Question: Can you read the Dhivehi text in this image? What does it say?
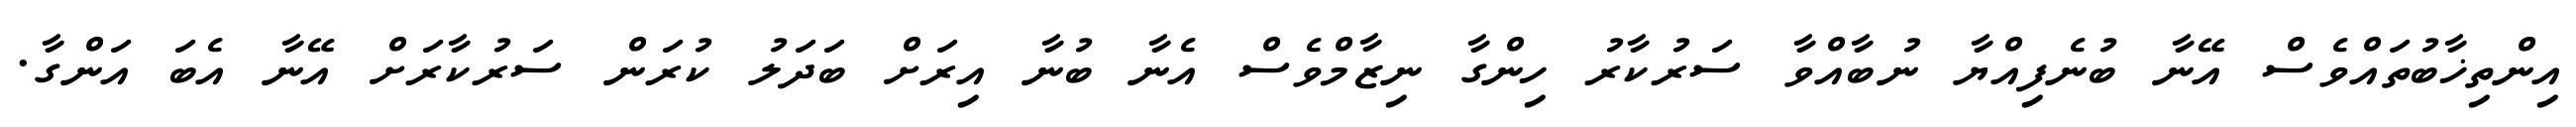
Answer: އިންތިޚާބުތައްވެސް އޭނާ ބުނެފިއްޔާ ނުބާއްވާ ސަރުކާރު ހިންގާ ނިޒާމްވެސް އެނާ ބުނާ އިރަށް ބަދަލު ކުރަން ސަރުކާރަށް އޭނާ އެބަ އަންގާ.